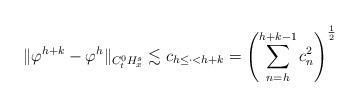
LaTeX: \begin{align*}\|\varphi^{h+k}-\varphi^h\|_{C_t^0H_x^s }\lesssim c_{h\leq\cdot<h+k}=\left(\sum_{\substack{n=h}}^{h+k-1}c_n^2\right)^{\frac{1}{2}}\end{align*}